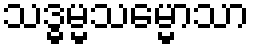
သဒ္ဓမ္မသမ္မောသာ